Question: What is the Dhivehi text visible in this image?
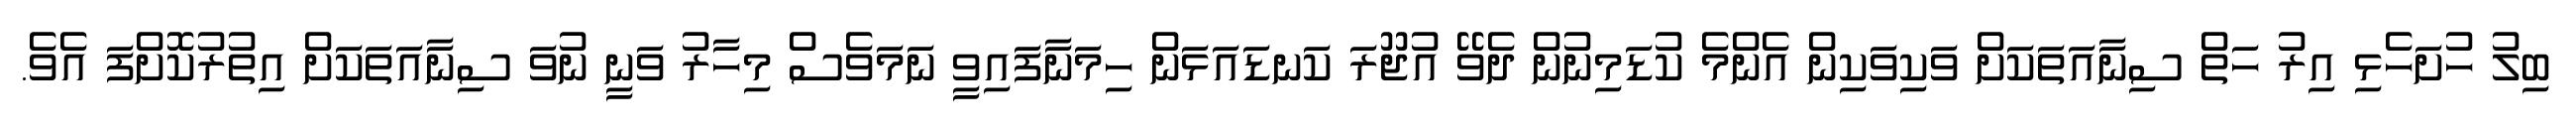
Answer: ބިލު ހުށަހެޅި އިރު ހަތް ސިނާއަތަކަށް ވަކިވަކިން އެންމެ ކުޑަމިނުން ދެވޭ އުޖޫރަ ކަނޑައަޅަން ހިމަނާފައިވީ ނަމަވެސް މިހާރު ވަނީ ނުވަ ސިނާއަތަކަށް އިތުރުކޮށްފަ އެވެ.